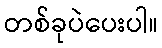
တစ်ခုပဲပေးပါ။